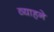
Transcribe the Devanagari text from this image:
व्याहने